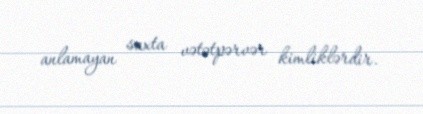
anlamayan saxta vətətpərvər kimliklərdir.